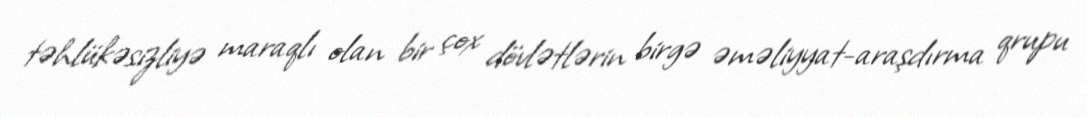
təhlükəsizliyə maraqlı olan bir çox dövlətlərin birgə əməliyyat-araşdırma qrupu